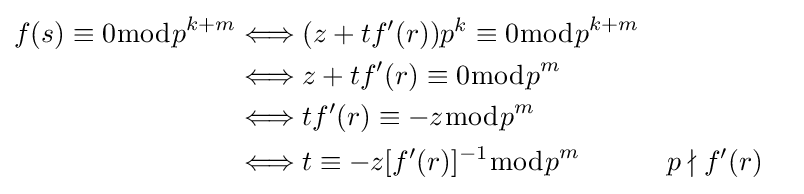
{\begin{aligned}f(s)\equiv 0{\bmod {p}}^{k+m}&\Longleftrightarrow (z+tf'(r))p^{k}\equiv 0{\bmod {p}}^{k+m}\\&\Longleftrightarrow z+tf'(r)\equiv 0{\bmod {p}}^{m}\\&\Longleftrightarrow tf'(r)\equiv -z{\bmod {p}}^{m}\\&\Longleftrightarrow t\equiv -z[f'(r)]^{-1}{\bmod {p}}^{m}&&p\nmid f'(r)\end{aligned}}